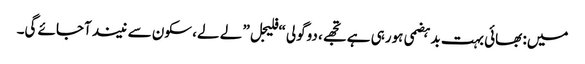
میں: بھائی بہت بدہضمی ہورہی ہے تجھے، دوگولی “فلیجل” لے لے، سکون سے نیند آجائے گی۔